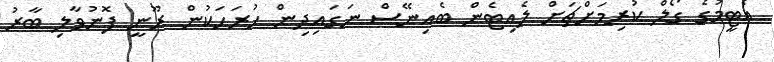
އެޓީމުގެ ގޯލް ކުރިމަށްޗަށް ލެއިޓެން ބެއިނޭސް ނަގައިދިން ހުރަހަކުން ރޫނީ ފޮނުވާލި ބާރު